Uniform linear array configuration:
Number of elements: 64
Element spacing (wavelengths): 0.5
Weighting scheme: exponential
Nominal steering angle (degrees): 30
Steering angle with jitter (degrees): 31.786
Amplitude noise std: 0.05
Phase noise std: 0.05

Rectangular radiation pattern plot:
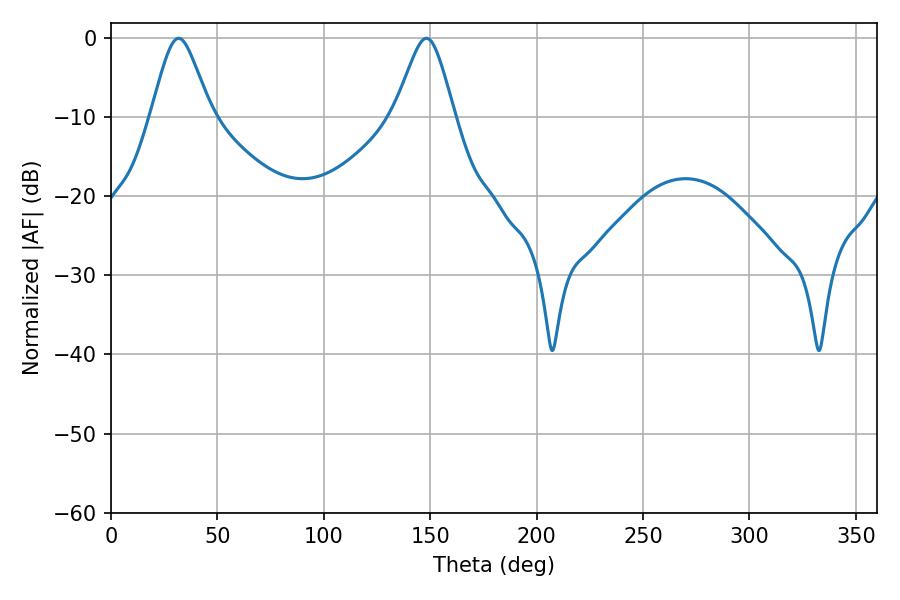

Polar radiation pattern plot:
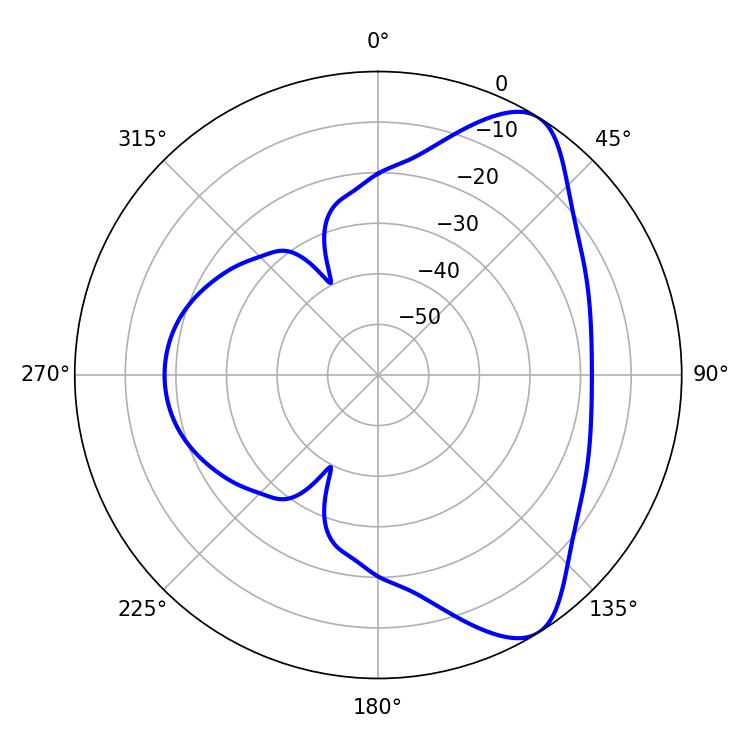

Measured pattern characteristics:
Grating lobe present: FALSE
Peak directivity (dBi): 7.879
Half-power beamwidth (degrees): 13.68
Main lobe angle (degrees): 31.86